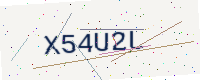
Text: X54U2L